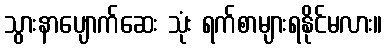
သွားနာပျောက်ဆေး သုံး ရက်စာများရနိုင်မလား။